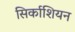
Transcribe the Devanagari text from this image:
सिर्काशियन